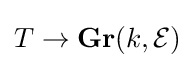
T\to \mathbf {Gr} (k,{\mathcal {E}})